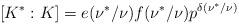
LaTeX: \begin{align*}[K^*:K]=e(\nu^*/\nu)f(\nu^*/\nu)p^{\delta(\nu^*/\nu)}\end{align*}